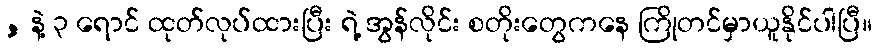
, နဲ့ ၃ ရောင် ထုတ်လုပ်ထားပြီး ရဲ့ အွန်လိုင်း စတိုးတွေကနေ ကြိုတင်မှာယူနိုင်ပါပြီ။